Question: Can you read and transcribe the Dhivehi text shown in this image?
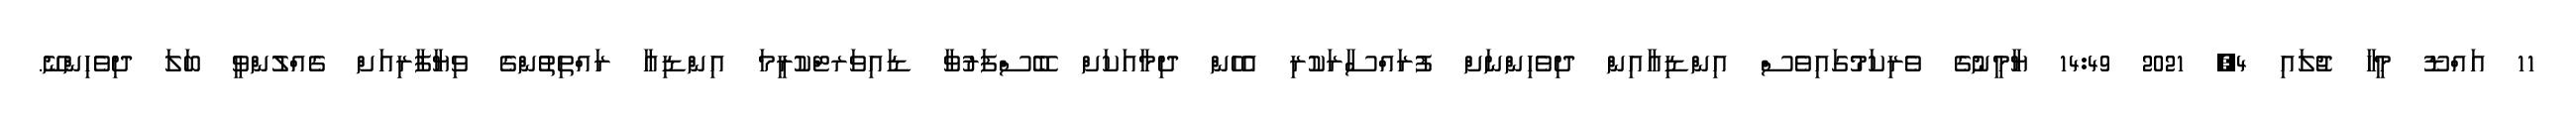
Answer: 11 އައްޑޫ މީހާ ޖުލައި 4, 2021 14:49 ޔާމީނުގެ ވެރިކަމުގައިވެސް އިންޑިއާއިން ދިވެހިންނަށް ފުރައްސާރަކުރި އެހެން ދިމާއަކަށް ބޭސްފަރުވާ ޑައިވަރޓްކުރީމަ އިންޑިއާ ރައްތިތުންގެ ވިޔާފާރިއަށް ގެއްލުންވީ ބަލަ ދިވެހިންނޭ.